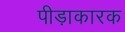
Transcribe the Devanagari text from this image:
पीड़ाकारक